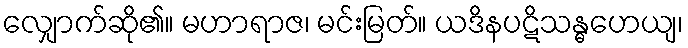
လျှောက်ဆို၏။ မဟာရာဇ၊ မင်းမြတ်။ ယဒိနပဋိသန္ဓဟေယျ၊